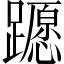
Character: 𨆸